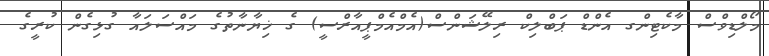
މޯލްޑިވްސް މާކެޓިންގ އެންޑް ޕަބްލިކް ރިލޭޝަންސް(އެމްއެމްޕީއާރްސީ) ގެ ޚިޔާނާތުގެ މައްސަލައާ ގުޅިގެން ކުރީގެ